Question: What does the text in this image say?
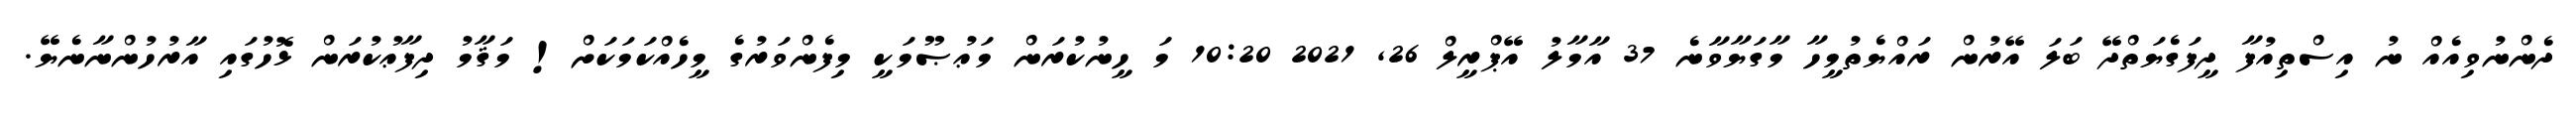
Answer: ދެންނުވިއެއް ނު އިސްތިއުފާ ދީފަގެޔަތްދޭ ބަލަ އޭރުން ރައްޔެތުމީހާ މާގަޔާވާނެ 37 އާމާލު އޭޕްރީލް 26, 2021 10:20 މަ ހީނުކުރަން މަޢުޞޫމަކީ މިފެންވަރުގެ މީހެއްކަމަކަށް! މަޤާމު ދިފާޢުކުރަން ޅޮހުގައި އާރުހުންނާނެޔޭ.